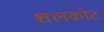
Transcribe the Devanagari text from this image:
शलकोट